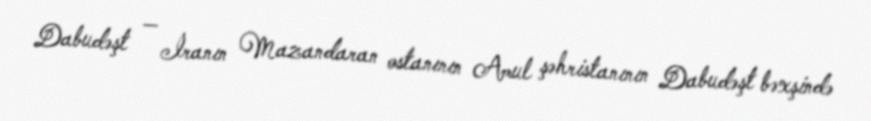
Dabudəşt — İranın Mazandaran ostanının Amul şəhristanının Dabudəşt bəxşində